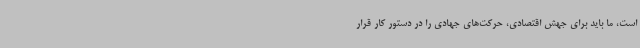
است، ما باید برای جهش اقتصادی، حرکت‌های جهادی را در دستور کار قرار